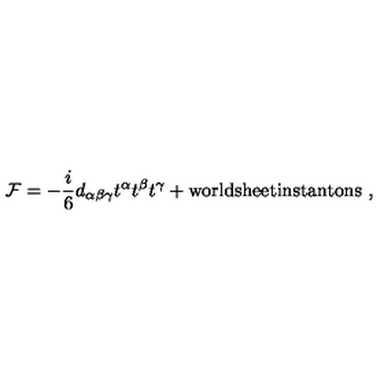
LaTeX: { \cal F } = - \frac { i } { 6 } d _ { \alpha \beta \gamma } t ^ { \alpha } t ^ { \beta } t ^ { \gamma } + \mathrm { w o r l d s h e e t i n s t a n t o n s } \ ,